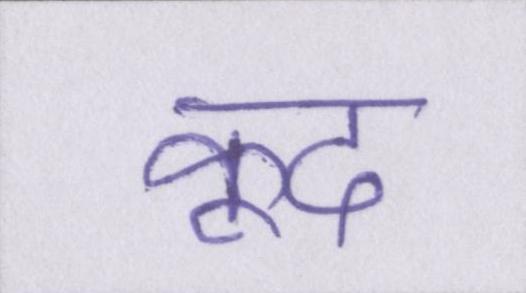
कूद